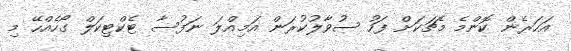
އަހަރެން ކޮންމެ މެޗަކަށް ފަހު ސުވާލުކުރަން އަމިއްލަ ނަފުސާ ޓެކްޓިކަލް ގޯހެއްހޭ މި